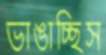
ভাঙাচ্ছিস